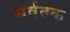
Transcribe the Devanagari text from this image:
सर्वदृक